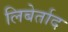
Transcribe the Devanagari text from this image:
लिबेर्ताद